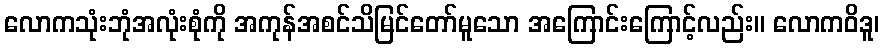
လောကသုံးဘုံအလုံးစုံကို အကုန်အစင်သိမြင်တော်မူသော အကြောင်းကြောင့်လည်း။ လောကဝိဒူ၊